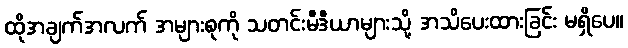
ထိုအချက်အလက် အများစုကို သတင်းမီဒီယာများသို့ အသိပေးထားခြင်း မရှိပေ။